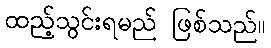
ထည့်သွင်းရမည် ဖြစ်သည်။